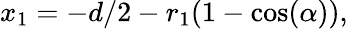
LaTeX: \begin{array}{r}{x_{1}=-d/2-r_{1}(1-\cos(\alpha)),}\end{array}